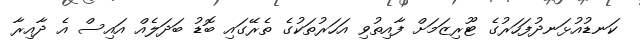
ކަނޑުއުޅަނދުފަހަރުގެ ޓޫރިޒަމަށް ފާއިތުވި އަހަރުތަކުގެ ތެރޭގައި ބޮޑު ބަދަލެއް އައިސް އެ ދާއިރާ